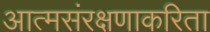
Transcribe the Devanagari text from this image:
आत्मसंरक्षणाकरिता